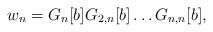
LaTeX: \begin{align*}w_n=G_{n}[b]G_{2,n}[b]\dotsc G_{n,n}[b],\end{align*}